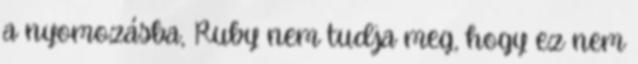
a nyomozásba, Ruby nem tudja meg, hogy ez nem